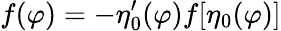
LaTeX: f(\varphi)=-\eta_{0}^{\prime}(\varphi)f[\eta_{0}(\varphi)]